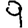
Digit: 9